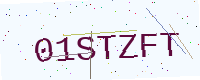
Text: 01STZFT